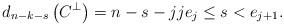
LaTeX: \begin{align*}d_{n-k - s}\left(C^\perp\right) = n-s - j j e_j \le s < e_{j+1}. \end{align*}